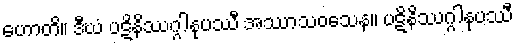
ဟောတိ။ ဒီဃံ ပဋိနိဿဂ္ဂါနုပဿီ အဿာသဝသေန။ ပဋိနိဿဂ္ဂါနုပဿီ